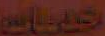
حانات